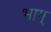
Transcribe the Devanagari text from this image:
भाग्